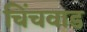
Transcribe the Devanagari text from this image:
चिंचवाड